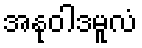
အနုဝါဒမူလံ